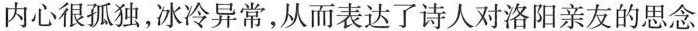
内心很孤独，冰冷异常，从而表达了诗人对洛阳亲友的思念